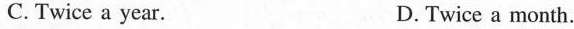
C. Twice a year. D.Twice a month.